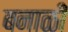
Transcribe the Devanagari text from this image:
बनाळी